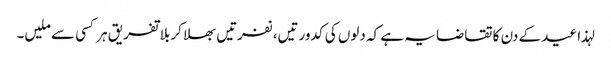
لہذا عید کے دن کا تقاضا یہ ہے کہ دلوں کی کدورتیں، نفرتیں بھلا کر بلا تفریق ہر کسی سے ملیں۔